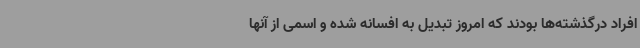
افراد درگذشته‌ها بودند که امروز تبدیل به افسانه شده و اسمی از آنها